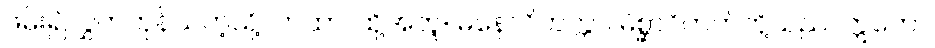
ဖမ်း၍လွှတ်ကုန်သကဲ့သို့။ တထာ၊ ထို့အတူ။ မနောဝိတက္ကာ၊ မိစ္ဆာဝိတက်တို့သည်။ ဣတော